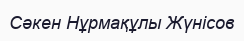
Сәкен Нұрмақұлы Жүнісов